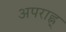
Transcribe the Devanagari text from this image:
अपराह्न्